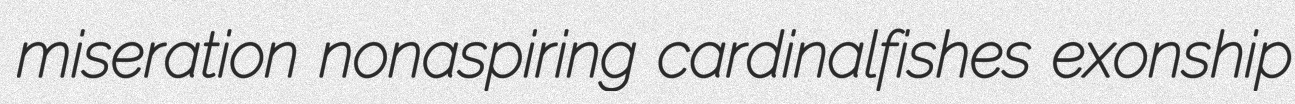
miseration nonaspiring cardinalfishes exonship